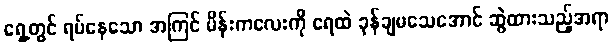
ရှေ့တွင် ရပ်နေသော အကြင် မိန်းကလေးကို ရေထဲ ခုန်ချမသေအောင် ဆွဲထားသည့်အရာ